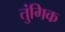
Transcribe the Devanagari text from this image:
तुंगिक